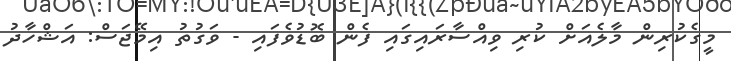
މީގެކުރިން މާލެއަށް ކުރި ވިއްސާރައިގައި ފެން ބޮޑުވެފައި - ވަގުތު އިމޭޖަސް: އަޝްހާދު